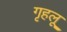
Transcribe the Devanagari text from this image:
गृहलू